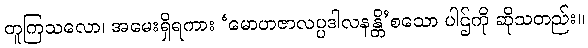
တူကြသလော၊ အမေးရှိရကား ‘မောဟဇာလပ္ပဒါလနန္တိ’စသော ပါဌ်ကို ဆိုသတည်း။